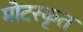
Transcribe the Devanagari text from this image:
मोटरकृत